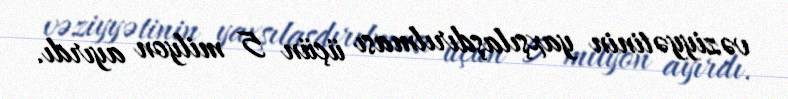
vəziyyətinin yaxşılaşdırılması üçün 5 milyon ayırdı.